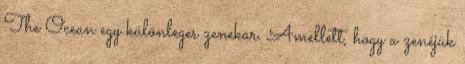
The Ocean egy különleges zenekar. Amellett, hogy a zenéjük